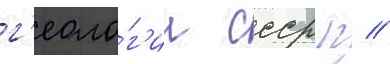
г'еоло́г'ии ссср п //